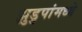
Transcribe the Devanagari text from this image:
झुडुपांमध्ये